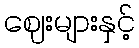
ဈေးများနှင့်